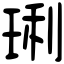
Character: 琍